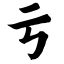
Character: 亏